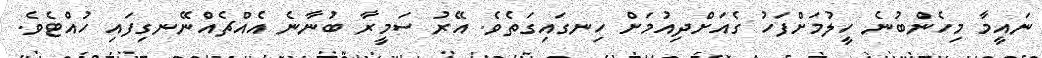
ނައީމާ މިހެންބުނެ ހީލުމަށްފަހު ގެއަށްދިއުމަށް ހިނގައިގަތެވެ. އޭރު ސަމީރާ ބުނާނެ އެއްޗެއްނޭނގިފައި ހުއްޓެވެ.